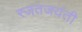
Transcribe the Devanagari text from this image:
रजतजयंती